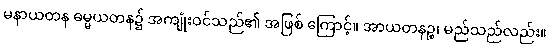
မနာယတန ဓမ္မယတန၌ အကျုံးဝင်သည်၏ အဖြစ် ကြောင့်။ အာယတနဉ္စ၊ မည်သည်လည်း။